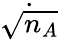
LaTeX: \dot{\sqrt{n_{A}}}